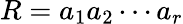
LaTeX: R=a_{1}a_{2}\cdots a_{r}